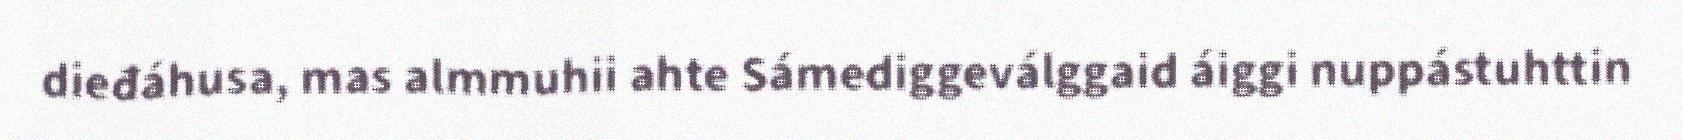
dieđáhusa, mas almmuhii ahte Sámediggeválggaid áiggi nuppástuhttin